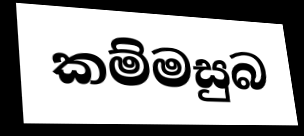
කම්මසුබ